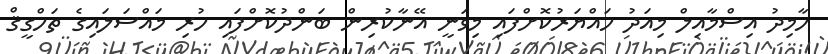
ހާމިދު އިސްމާއިލް މިއަދު ހައްޔަރުކޮށްފައި މިވަނީ އޭނާކުރިން ބަންދުކޮށްފައި ހުރި މައްސަލައިގެ ތަހްގީޤް